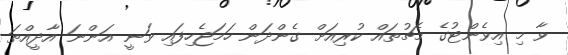
ވާ މި އިވެންޓުގެ މެޗުތައް ކުރިއަށް ގެންދަން ހަމަޖެހިފައި ވަނީ އަންނަ އާދީއްތަ